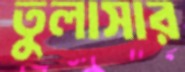
তুলাসার